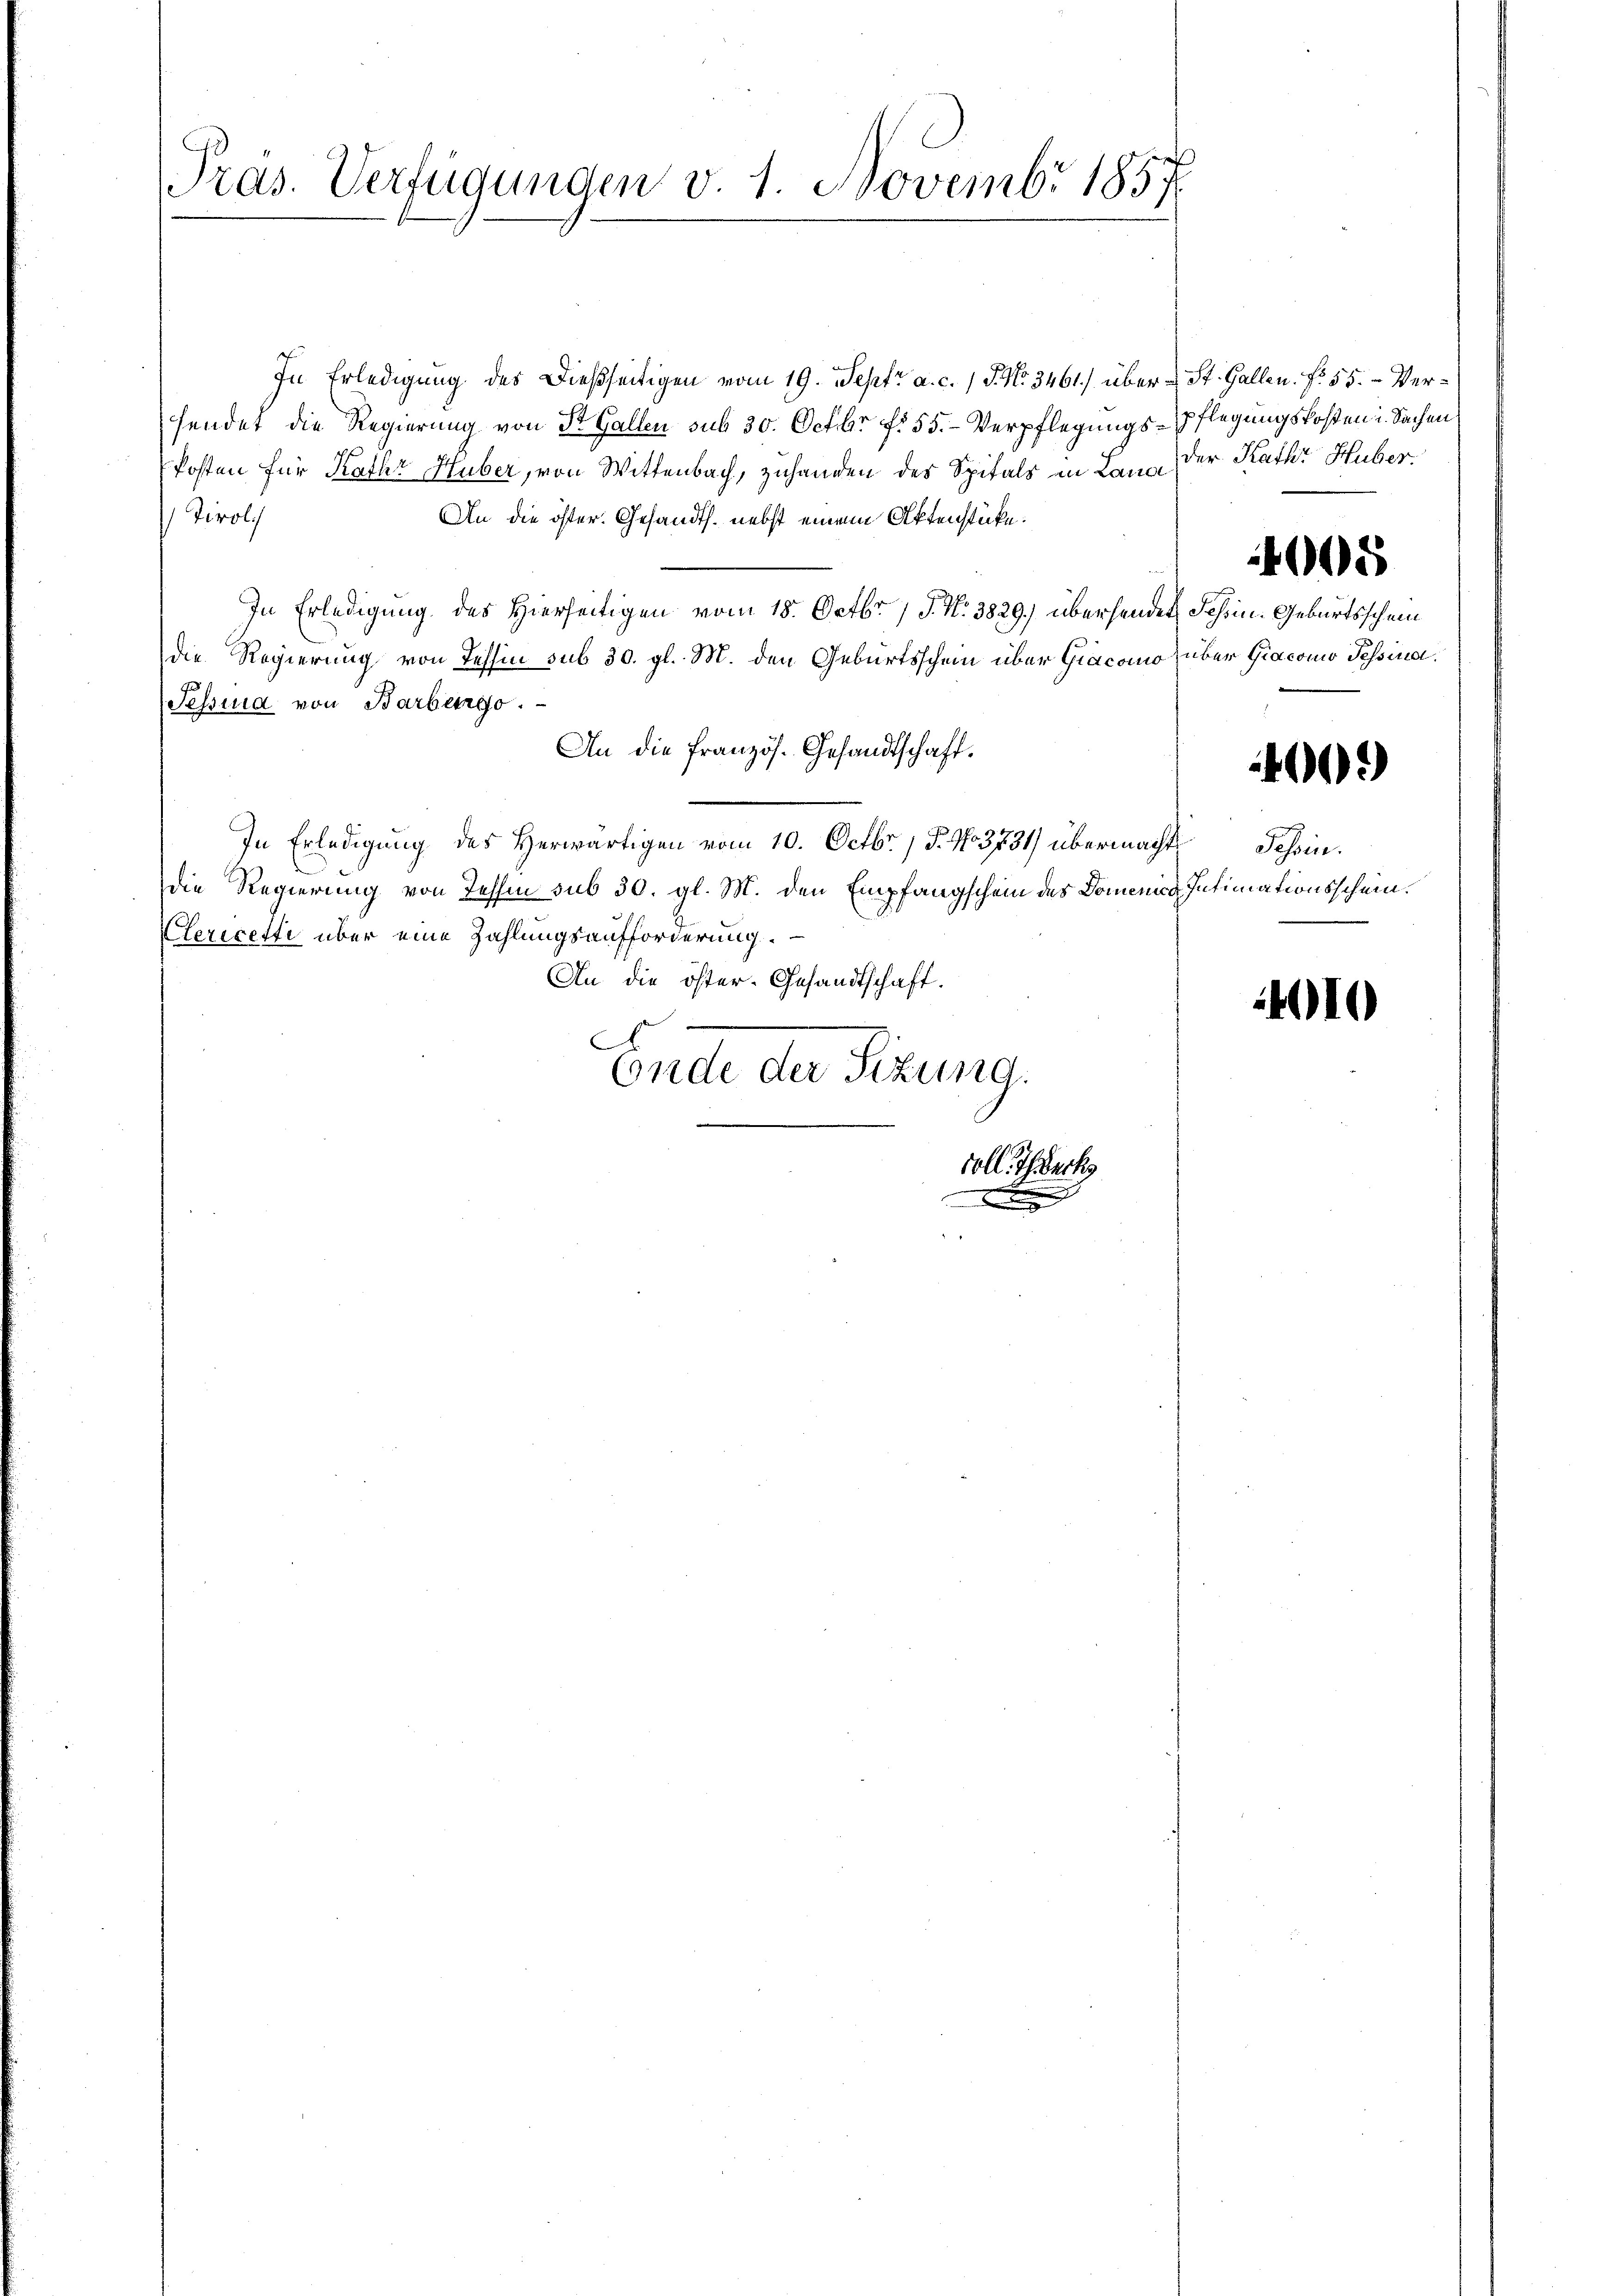
In Erledigung des Dießseitigen vom 19. Sept. a. c. 1 S. No. 3461) über St. Gallen. No. 55. - Verhendet die Regierung von St. Gallen sub 30. Octbr. f. 55. - Verpflegungs-Pflegungskosten u. Sachen
Posten für Kathr Huber, von Wittenbach, zuhanden des Spitals in Lang der Kath. Huber.
An die öster. Gesandts. nebst einem Aktenstücke.
 Tirolch
In Erledigung des Hierseitigen vom 18. Octbr. / J. N. 3829.) übersendet, Schein-Geburtsschein
die Regierung von Tessin sub 30. gl. M. den Geburtsschein über Giacomo über Giacomo Tessina.
Sessina von Barbengo.
An die französ. Gesandtschaft.
In Erledigung des Herwärtigen vom 10. Octbr. / P. No 3731) übermacht
die Regierung von Tessin sub 30. gl. M. den Empfangschein des Domenig Intimationsschein.
Clericette über eine Zahlungsaufforderung.
An die öster-Gesandtschaft.
.
Ende der Sitzung.

Pras. Verfügungen v. 1. Novembr 1857

.

coll Seck

e

4005

4002)

Tessin.

4010